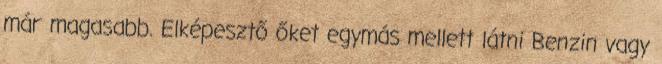
már magasabb. Elképesztő őket egymás mellett látni Benzin vagy